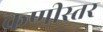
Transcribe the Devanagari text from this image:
कणीस्तर